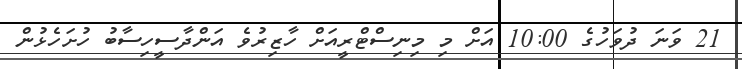
21 ވަނަ ދުވަހުގެ 10:00 އަށް މި މިނިސްޓްރީއަށް ހާޒިރުވެ އަންދާސީހިސާބު ހުށަހެޅުން